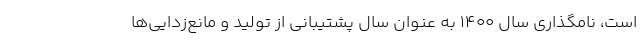
است، نامگذاری سال ۱۴۰۰ به عنوان سال پشتیبانی از تولید و مانع‌زدایی‌ها